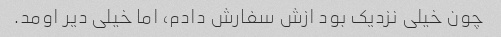
چون خیلی نزدیک بود ازش سفارش دادم، اما خیلی دیر اومد.